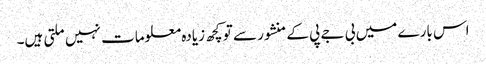
اس بارے میں بی جے پی کے منشور سے تو کچھ زیادہ معلومات نہیں ملتی ہیں۔